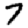
Digit: 7